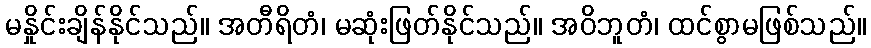
မနှိုင်းချိန်နိုင်သည်။ အတီရိတံ၊ မဆုံးဖြတ်နိုင်သည်။ အဝိဘူတံ၊ ထင်စွာမဖြစ်သည်။